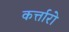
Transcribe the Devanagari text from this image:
कर्त्तारो